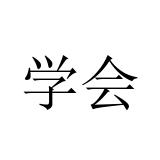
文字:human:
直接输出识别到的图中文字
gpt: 学会